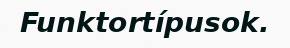
Funktortípusok.